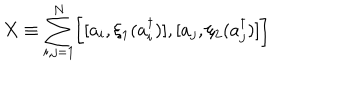
X \equiv \sum _ { i , j = 1 } ^ { N } \biggl [ [ a _ { i } , \xi _ { 1 } ( a _ { i } ^ { \dagger } ) ] , [ a _ { j } , \xi _ { 2 } ( a _ { j } ^ { \dagger } ) ] \biggr ]